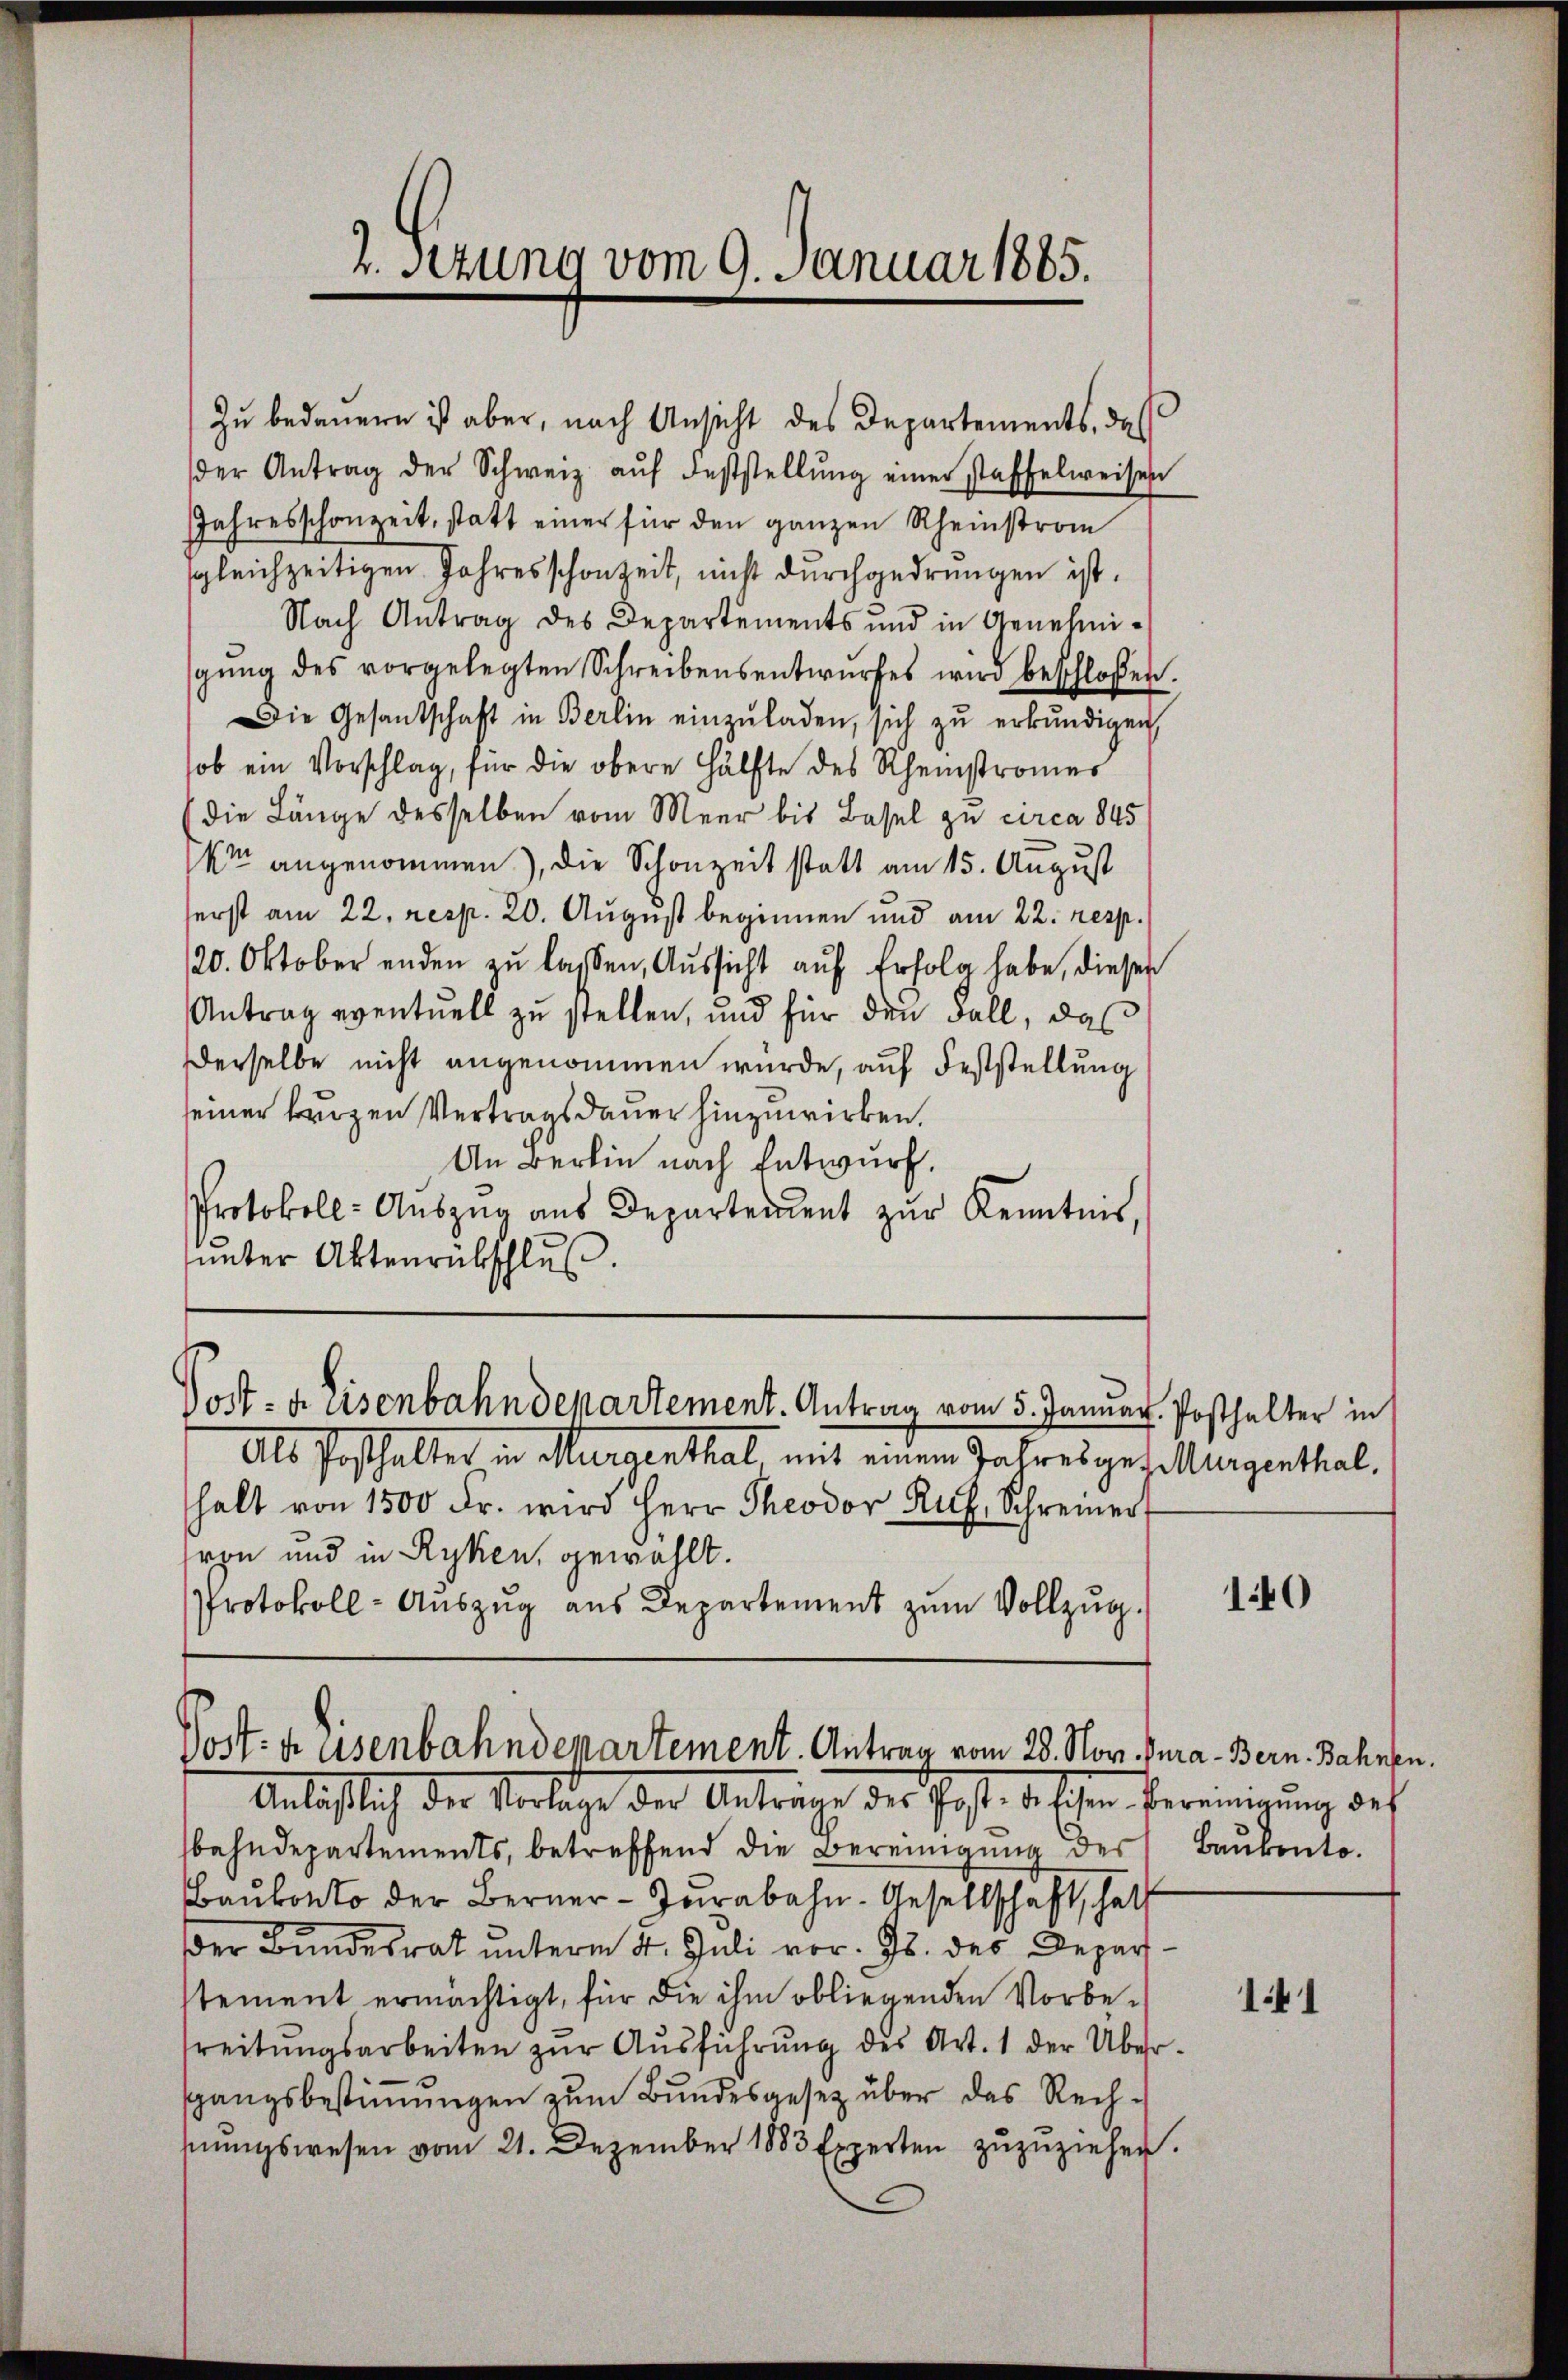
2.sezung vom 9. Januar 1885.

Zu bedauern ist aber, nach Ansicht des Departements, das
der Antrag der Schweiz aŭf Feststellŭng einer Staffelweisen
JJahresschonzeit, statt einer für den ganzen Rheinstrom
sgleichzeitigen Jahres schonzeit, nicht durchgedrungen ist.
Nach Antrag des Departements und in Genehmigŭng des vorgelegten Schreibensentwŭrfes wird beschlossen.
Die Gesantschaft in Berlin einzŭladen, sich zŭ erkŭndigen
sob ein Vorschlag, für die obere Hälfte des Rheinstromes
die Länge desselben vom Meer bis Basel zu circa 845
kr angenommen), die Schonzeit statt am 15. August
serst am 22. resp. 20. August beginnen und am 22. resp.
120. Oktober enden zŭ lassen, Aussicht auf Erfolg habe, diesen
Antrag eventuell zu stellen, und für den Fall, das
Derselbe nicht angenommen würde, auf Feststellung
seiner Leuzen Vertragsdauer hinzuwirken.
An Berlin nach Entwurf.
Protokoll-Aŭszŭg aŭs Departement zŭr Kenntnis,
unter Aktenrübschluß.

Post- u. Eisenbahndepartement. Antrag vom 5. Januar. Posthalter in

Post. h asenbahndepartement. Antrag vom 28. Nov. Kura-Bern Bahnen.
Anläßlich der Vorlage der Anträge der Post. Da schen bereinigung des

Als Posthalter in Muraenthal mit einem Jahresgesellungenthalhalt von 1500 Fr. wird Herr Theodor Ruf, Schreiner
hren und in Ryken, gewählt.
Protokoll- Aŭszŭg aŭs Departement zŭm Vollzŭg.

bahndepartements, betreffend die Bereinigung des
Baŭkonto der Berner-Tŭrabahn. Gesellschaft hatt
er Bundesrat unterm 4. Juli vor. Js. des Deparstement ermächtigt, für die ihm obliegenden Vorbereitŭngsarbeiten zŭr Aŭsführŭng des Art. 1 der Über-
sgangsbestiṁŭngen zŭm Bŭndesgesez über das Rech-
mŭngswesen vom 21. Dezember 1883 Experten zŭzŭziehen.

140

Baukonto.

141